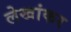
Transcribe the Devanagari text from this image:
लेखांकर